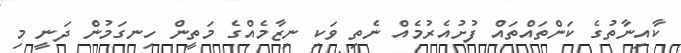
ކާއިނާތުގެ ކަންތައްތައް ފުށުއެރުމެއް ނެތި ވަކި ނިޒާމެއްގެ މަތީން ހިނގަމުން ދަނީ މި